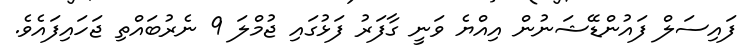
ފައިސަލް ފައުންޑޭޝަނުން އިއްޔެ ވަނީ ގާފަރު ފަޅުގައި ޖުމްލަ 9 ނެރުބައްތި ޖަހައިފައެވެ.